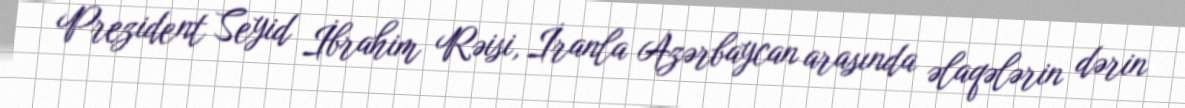
Prezident Seyid İbrahim Rəisi, İranla Azərbaycan arasında əlaqələrin dərin